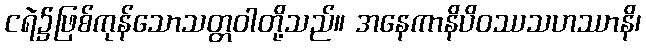
ငရဲ၌ဖြစ်ကုန်သောသတ္တဝါတို့သည်။ အနေကာနိပိဝဿသဟဿာနိ၊